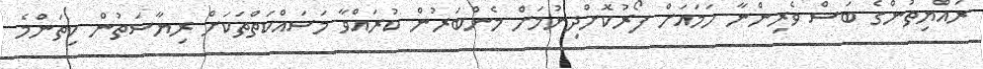
ރައްޔިތުންގެ ބަސް ވެރިންނާ ހަމައަށް ފޯރުކޮށްދިނުމަށް މެންބަރުން ކުރައްވާ މަސައްކަތްތަކަށް ރިޔާސަތުން ކިތަންމެ